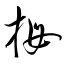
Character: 拇